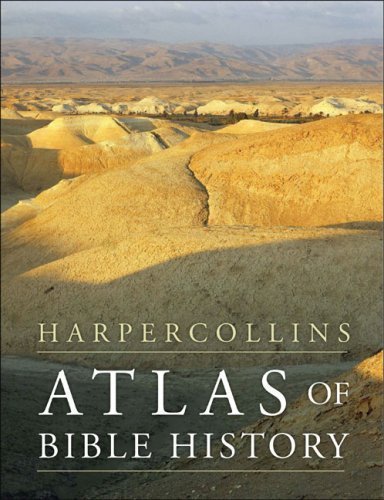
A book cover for HarperCollins Atlas of Bible History by Pritchard, James B. published by HarperOne (2008); Christian Books & Bibles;